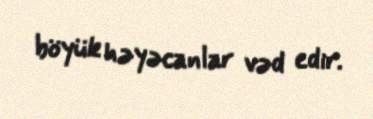
böyük həyəcanlar vəd edir.